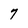
Character: 7